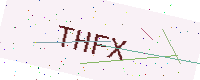
Text: THFX